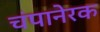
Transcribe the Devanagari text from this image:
चंपानेरक